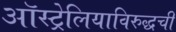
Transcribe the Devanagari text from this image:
ऑस्ट्रेलियाविरुद्धची